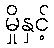
မှိုနှင့်